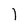
Character: 1